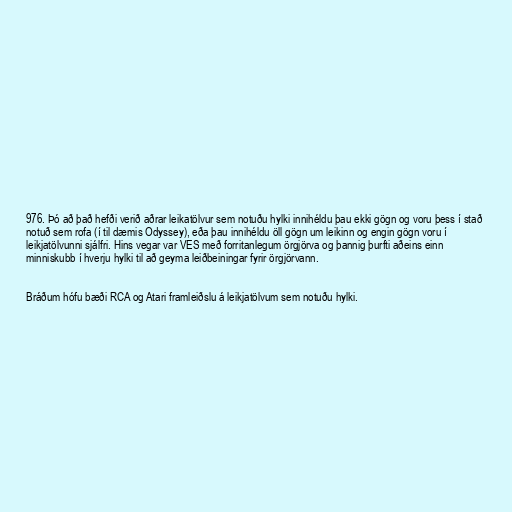
976. Þó að það hefði verið aðrar leikatölvur sem notuðu hylki innihéldu þau ekki gögn og voru þess í stað
notuð sem rofa (í til dæmis Odyssey), eða þau innihéldu öll gögn um leikinn og engin gögn voru í
leikjatölvunni sjálfri. Hins vegar var VES með forritanlegum örgjörva og þannig þurfti aðeins einn
minniskubb í hverju hylki til að geyma leiðbeiningar fyrir örgjörvann.

Bráðum hófu bæði RCA og Atari framleiðslu á leikjatölvum sem notuðu hylki.